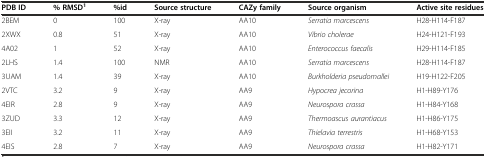
| PDB ID | % RMSD1 | %id | Source structure | CAZy family | Source organism | Active site residues |
 | --- | --- | --- | --- | --- | --- | --- |
 | 2BEM | 0 | 100 | X-ray | AA10 | Serratia marcescens | H28-H114-F187 |
 | 2XWX | 0.8 | 51 | X-ray | AA10 | Vibrio cholerae | H24-H121-F193 |
 | 4A02 | 1 | 52 | X-ray | AA10 | Enterococcus faecalis | H29-H114-F185 |
 | 2LHS | 1.4 | 100 | NMR | AA10 | Serratia marcescens | H28-H114-F187 |
 | 3UAM | 1.4 | 39 | X-ray | AA10 | Burkholderia pseudomallei | H19-H122-F205 |
 | 2VTC | 3.2 | 9 | X-ray | AA9 | Hypocrea jecorina | H1-H89-Y176 |
 | 4EIR | 2.8 | 9 | X-ray | AA9 | Neurospora crassa | H1-H84-Y168 |
 | 3ZUD | 3.3 | 12 | X-ray | AA9 | Thermoascus aurantiacus | H1-H86-Y175 |
 | 3EII | 3.2 | 11 | X-ray | AA9 | Thielavia terrestris | H1-H68-Y153 |
 | 4EIS | 2.8 | 7 | X-ray | AA9 | Neurospora crassa | H1-H82-Y171 |